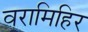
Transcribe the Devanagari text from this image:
वरामिहिर